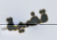
قضية